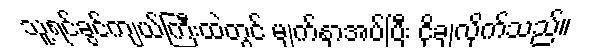
သူ့ရင်ခွင်ကျယ်ကြီးထဲတွင် မျက်နှာအပ်ပြီး ငိုချလိုက်သည်။